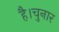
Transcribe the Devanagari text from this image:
है।चुनार